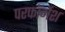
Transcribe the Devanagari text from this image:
परफॉमेंश